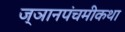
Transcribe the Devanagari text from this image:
ज्ञानपंचमीकथा